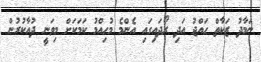
ނަމާދު ޒަކާތް ޙައްޖު އަދި ރޯދައިގައި އެންމެ މުހިއްމު ކަމަކަށް މިވަނީ ދުއާކުރުން